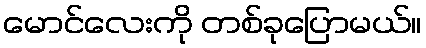
မောင်လေးကို တစ်ခုပြောမယ်။